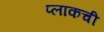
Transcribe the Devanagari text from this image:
प्लाकची